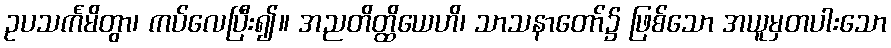
ဥပသင်္ကမိတွာ၊ ကပ်လေပြီး၍။ အညတိတ္ထိယေဟိ၊ သာသနာတော်၌ ဖြစ်သော အယူမှတပါးသော